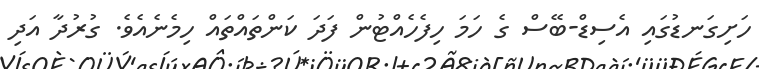
ހަށިގަނޑުގައި އެސިޑް-ބޭސް ގެ ހަމަ ހިފެހެއްޓުން ފަދަ ކަންތައްތައް ހިމެނެއެވެ. ގުރުދާ އަދި